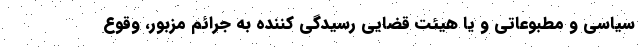
سیاسی و مطبوعاتی و یا هیئت قضایی رسیدگی کننده به جرائم مزبور، وقوع